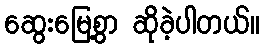
ဆွေးမြေ့စွာ ဆိုခဲ့ပါတယ်။